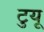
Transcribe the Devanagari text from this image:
टुयू